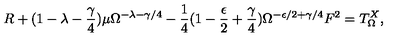
R + ( 1 - \lambda - \frac { \gamma } { 4 } ) \mu \Omega ^ { - \lambda - \gamma / 4 } - \frac { 1 } { 4 } ( 1 - \frac { \epsilon } { 2 } + \frac { \gamma } { 4 } ) \Omega ^ { - \epsilon / 2 + \gamma / 4 } F ^ { 2 } = T _ { \Omega } ^ { X } ,